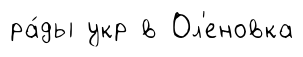
ра́ды укр в Ол'еновка